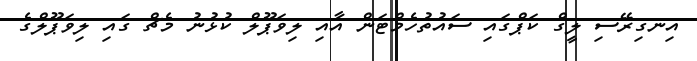
އިނގިރޭސި ލީގް ކަޕްގައި ސައުތުހެމްޓަން އާއި ލިވަޕޫލް ކުޅުނު މެޗް ގައި ލިވަޕޫލްގެ